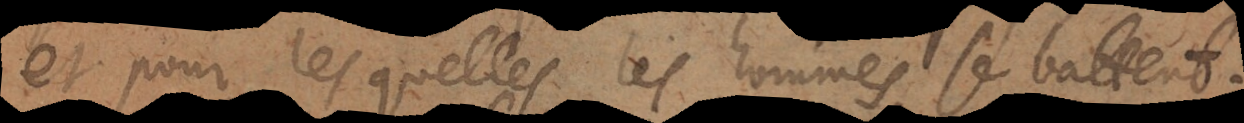
et pour lesquelles les hommes se battent.